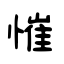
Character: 慛